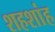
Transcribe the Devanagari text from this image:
शहशांह